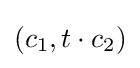
(c_{1},t\cdot c_{2})